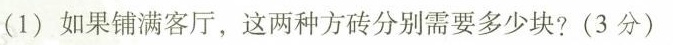
(1)如果铺满客厅，这两种方砖分别需要多少块?(3分)